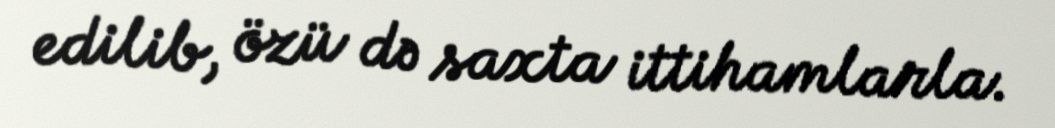
edilib, özü də saxta ittihamlarla.